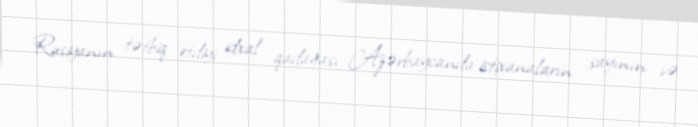
Rusiyanın tətbiq etdiyi idxal qadağası Azərbaycanda istixanaların sayının və